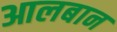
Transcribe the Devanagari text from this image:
आलबान